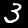
Digit: 3